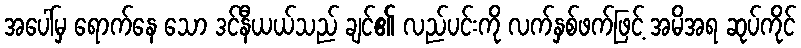
အပေါ်မှ ရောက်နေ သော ဒင်နီယယ်သည် ချင်၏ လည်ပင်းကို လက်နှစ်ဖက်ဖြင့် အမိအရ ဆုပ်ကိုင်